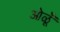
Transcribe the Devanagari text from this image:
ओळूँ